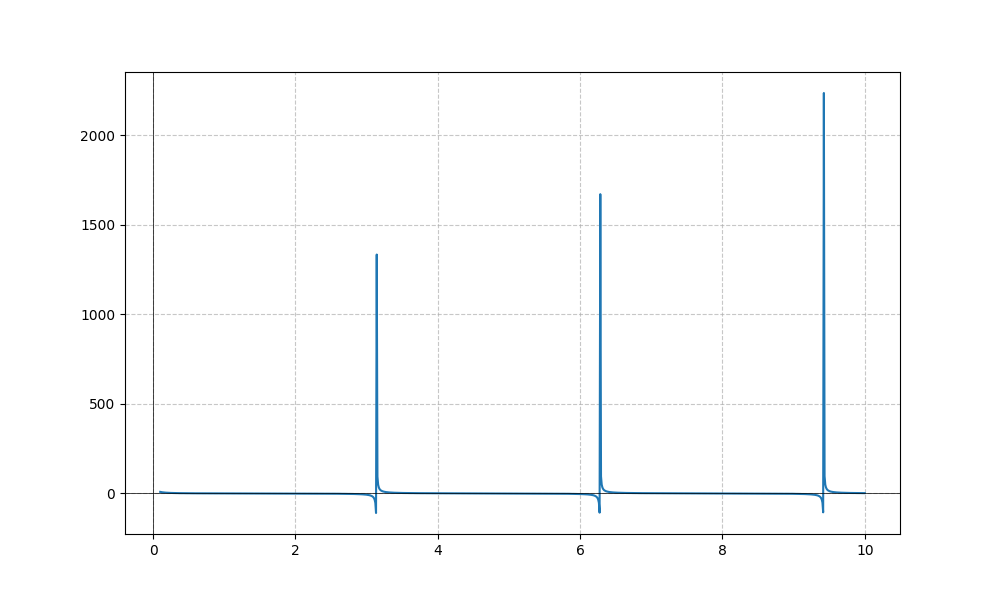
LaTeX formula: \cot{\left(x \right)} - \operatorname{acot}{\left(x \right)}